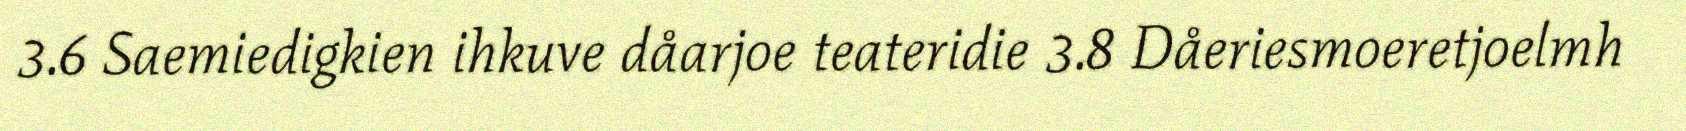
3.6 Saemiedigkien ihkuve dåarjoe teateridie 3.8 Dåeriesmoeretjoelmh